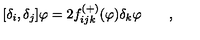
\lbrack \delta _ { i } , \delta _ { j } ] \varphi = 2 f _ { i j k } ^ { \left( + \right) } ( \varphi ) \delta _ { k } \varphi \qquad ,